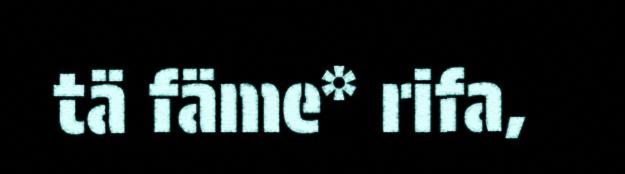
tä fäme* rifa,